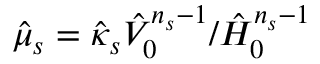
\hat { \mu } _ { s } = \hat { \kappa } _ { s } \hat { V } _ { 0 } ^ { n _ { s } - 1 } / \hat { H } _ { 0 } ^ { n _ { s } - 1 }